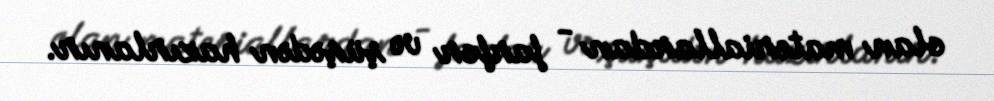
olan materiallardan - farfor və şüşədən hazırlanır.